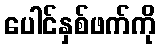
ပေါင်နှစ်ဖက်ကို